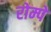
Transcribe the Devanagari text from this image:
रोम्पे